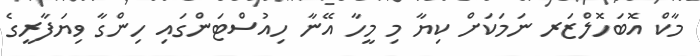
މާކް އޮބަހޮލްޒަރ ނަމަކަށް ކިޔާ މި މީހާ އޭނާ ހިއުސްޓަންގައި ހިންގާ ވިޔަފާރީގެ